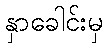
နှာခေါင်းမှ